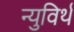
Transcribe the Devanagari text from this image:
न्युविर्थ